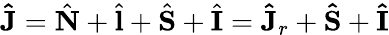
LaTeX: \mathbf{\hat{J}}=\hat{\mathbf{N}}+\hat{\mathbf{l}}+\hat{\mathbf{S}}+\hat{\mathbf{I}}=\mathbf{\hat{J}}_{r}+\mathbf{\hat{S}}+\mathbf{\hat{I}}